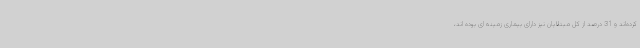
کرده‌اند و 31 درصد از کل مبتلایان نیز دارای بیماری زمینه ای بوده اند،